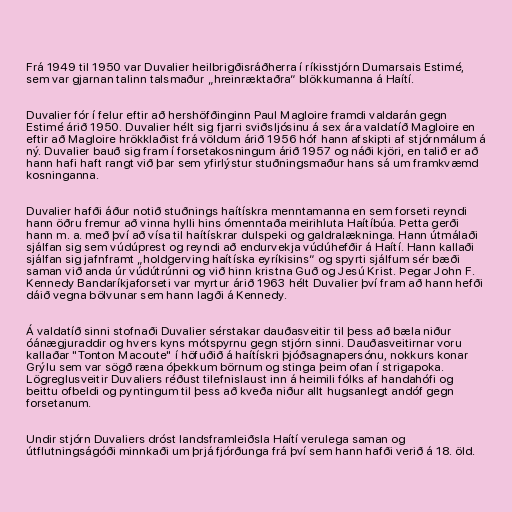
Frá 1949 til 1950 var Duvalier heilbrigðisráðherra í ríkisstjórn Dumarsais Estimé,
sem var gjarnan talinn talsmaður „hreinræktaðra“ blökkumanna á Haítí.

Duvalier fór í felur eftir að hershöfðinginn Paul Magloire framdi valdarán gegn
Estimé árið 1950. Duvalier hélt sig fjarri sviðsljósinu á sex ára valdatíð Magloire en
eftir að Magloire hrökklaðist frá völdum árið 1956 hóf hann afskipti af stjórnmálum á
ný. Duvalier bauð sig fram í forsetakosningum árið 1957 og náði kjöri, en talið er að
hann hafi haft rangt við þar sem yfirlýstur stuðningsmaður hans sá um framkvæmd
kosninganna.

Duvalier hafði áður notið stuðnings haítískra menntamanna en sem forseti reyndi
hann öðru fremur að vinna hylli hins ómenntaða meirihluta Haítíbúa. Þetta gerði
hann m. a. með því að vísa til haítískrar dulspeki og galdralækninga. Hann útmálaði
sjálfan sig sem vúdúprest og reyndi að endurvekja vúdúhefðir á Haítí. Hann kallaði
sjálfan sig jafnframt „holdgerving haítíska eyríkisins“ og spyrti sjálfum sér bæði
saman við anda úr vúdútrúnni og við hinn kristna Guð og Jesú Krist. Þegar John F.
Kennedy Bandaríkjaforseti var myrtur árið 1963 hélt Duvalier því fram að hann hefði
dáið vegna bölvunar sem hann lagði á Kennedy.

Á valdatíð sinni stofnaði Duvalier sérstakar dauðasveitir til þess að bæla niður
óánægjuraddir og hvers kyns mótspyrnu gegn stjórn sinni. Dauðasveitirnar voru
kallaðar "Tonton Macoute" í höfuðið á haítískri þjóðsagnapersónu, nokkurs konar
Grýlu sem var sögð ræna óþekkum börnum og stinga þeim ofan í strigapoka.
Lögreglusveitir Duvaliers réðust tilefnislaust inn á heimili fólks af handahófi og
beittu ofbeldi og pyntingum til þess að kveða niður allt hugsanlegt andóf gegn
forsetanum.

Undir stjórn Duvaliers dróst landsframleiðsla Haítí verulega saman og
útflutningságóði minnkaði um þrjá fjórðunga frá því sem hann hafði verið á 18. öld.